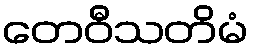
တေဝီသတိမံ